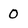
Character: 0